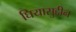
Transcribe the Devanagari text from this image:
घियासुद्दीन